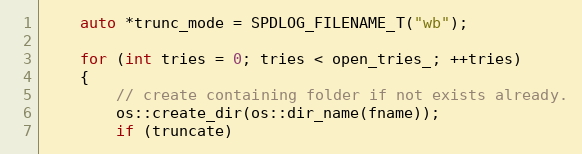
Language: C
    auto *trunc_mode = SPDLOG_FILENAME_T("wb");

    for (int tries = 0; tries < open_tries_; ++tries)
    {
        // create containing folder if not exists already.
        os::create_dir(os::dir_name(fname));
        if (truncate)